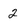
Character: 2